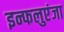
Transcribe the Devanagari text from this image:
इन्फलुएंजा